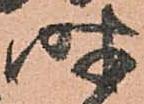
時